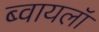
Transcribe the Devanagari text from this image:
ब्वायलॉ